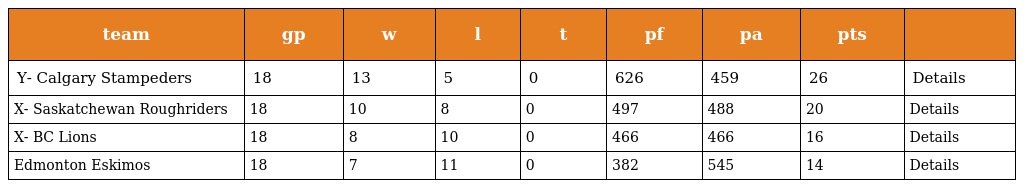
| team | gp | w | l | t | pf | pa | pts |  |
 | --- | --- | --- | --- | --- | --- | --- | --- | --- |
 | Y- Calgary Stampeders | 18 | 13 | 5 | 0 | 626 | 459 | 26 | Details |
 | X- Saskatchewan Roughriders | 18 | 10 | 8 | 0 | 497 | 488 | 20 | Details |
 | X- BC Lions | 18 | 8 | 10 | 0 | 466 | 466 | 16 | Details |
 | Edmonton Eskimos | 18 | 7 | 11 | 0 | 382 | 545 | 14 | Details |